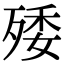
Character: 𣨙